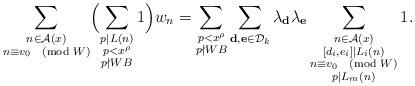
LaTeX: \begin{align*}\sum_{\substack{n\in\mathcal{A}(x)\\n\equiv v_0\pmod{W}}}\Bigl(\sum_{\substack{p|L(n)\\p<x^\rho\\ p\nmid W B}}1\Bigr)w_n=\sum_{\substack{p<x^\rho\\ p\nmid W B}}\sum_{\mathbf{d},\mathbf{e}\in\mathcal{D}_k}\lambda_\mathbf{d}\lambda_{\mathbf{e}}\sum_{\substack{n\in\mathcal{A}(x)\\ [d_i,e_i]|L_i(n)\\ n\equiv v_0\pmod{W}\\ p|L_m(n)}}1.\end{align*}